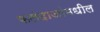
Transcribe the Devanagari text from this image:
फलंदाजांमधील